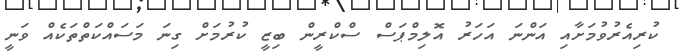
ކުރިއެރުވުމަށާއި އަންނަ އަހަރު އޮލިމްޕަސް ސްކްރީން ބިޒީ ކުރުމަށް ގިނަ މަސައްކަތްތަކެއް ވަނީ